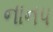
નાનપ